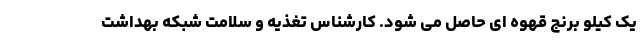
یک کیلو برنج قهوه ای حاصل می شود. کارشناس تغذیه و سلامت شبکه بهداشت